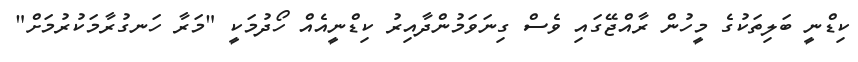
ކިޑްނީ ބަލިތަކުގެ މީހުން ރާއްޖޭގައި ވެސް ގިނަވަމުންދާއިރު ކިޑްނީއެއް ހޯދުމަކީ "މަރާ ހަނގުރާމަކުރުމަށް"